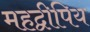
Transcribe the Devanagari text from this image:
महद्वीपिय